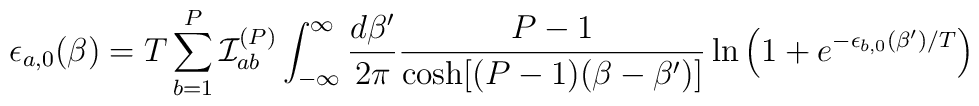
\epsilon_{a,0}(\beta) = T \sum_{b=1}^{P} {\cal I}_{ab}^{(P)} \int_{-\infty}^\infty\frac{d\beta'}{2\pi}\frac{P-1}{\cosh[(P-1)(\beta-\beta')]}\ln\left(1+e^{-\epsilon_{b,0}(\beta')/T}\right)